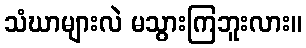
သံဃာများလဲ မသွားကြဘူးလား။